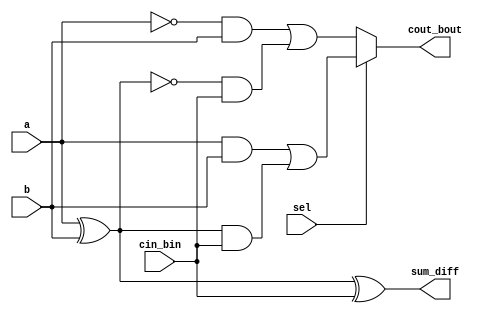
`timescale 1ns / 1ps
module adder_or_subtractor(input a,b,cin_bin,sel,output reg sum_diff,cout_bout);
always @(*) begin
if (sel) begin //Adder
sum_diff = a^b^cin_bin;
cout_bout = (a&b)|((a^b)&cin_bin);
end
else begin //Subtractor
sum_diff = a^b^cin_bin;
cout_bout = (~a&b)|((~(a^b))&cin_bin);

end
end
endmodule